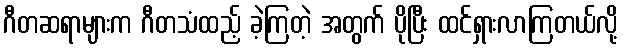
ဂီတဆရာများက ဂီတသံထည့် ခဲ့ကြတဲ့ အတွက် ပိုပြီး ထင်ရှားလာကြတယ်လို့